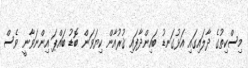
މިސްކިތުގެ ދާލައިގައި އަޅުގަނޑު ބައިންދާފައި ޤުރުއާން ކިޔަވަން ބޮޑު ބައްޕަ އިންނަވާނީ ވެސް